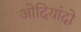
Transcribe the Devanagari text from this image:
ओदियांदो